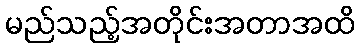
မည်သည့်အတိုင်းအတာအထိ